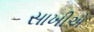
સાખીએ